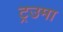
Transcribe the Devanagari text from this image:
ट्रउमा